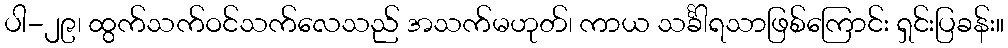
ပါ-၂၉၊ ထွက်သက်ဝင်သက်လေသည် အသက်မဟုတ်၊ ကာယ သင်္ခါရသာဖြစ်ကြောင်း ရှင်းပြခန်း။